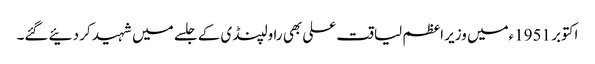
اکتوبر 1951ءمیں وزیر اعظم لیاقت علی بھی راولپنڈی کے جلسے میں شہید کر دئیے گئے۔